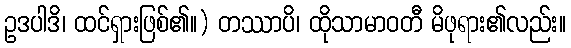
ဥဒပါဒိ၊ ထင်ရှားဖြစ်၏။) တဿာပိ၊ ထိုသာမာဝတီ မိဖုရား၏လည်း။